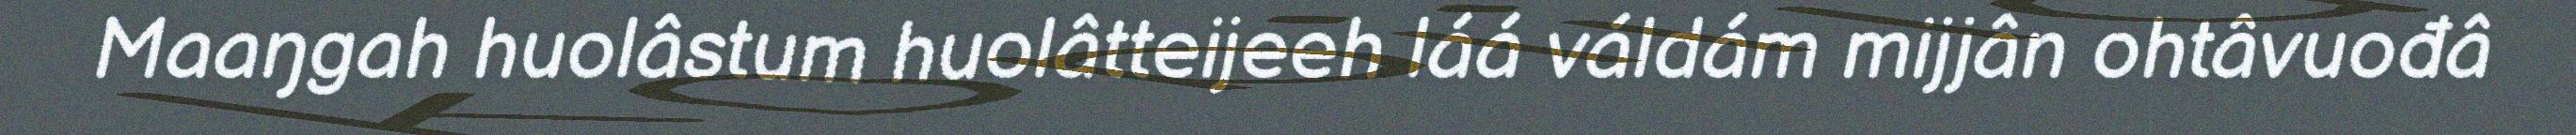
Maaŋgah huolâstum huolâtteijeeh láá váldám mijjân ohtâvuođâ